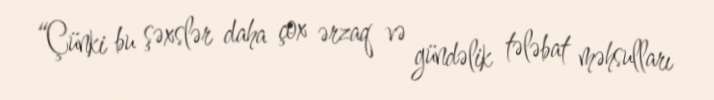
“Çünki bu şəxslər daha çox ərzaq və gündəlik tələbat məhsulları